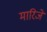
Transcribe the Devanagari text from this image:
मारिजे